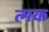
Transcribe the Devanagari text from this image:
त्मक